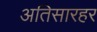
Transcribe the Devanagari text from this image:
अतिसारहर